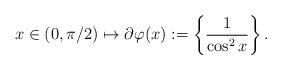
LaTeX: \begin{align*}x\in (0,\pi/2)\mapsto\partial\varphi(x):=\left\{\frac{1}{\cos^2 x}\right\}.\end{align*}